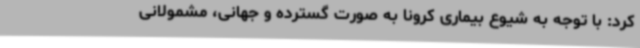
کرد: با توجه به شیوع بیماری کرونا به صورت گسترده و جهانی، مشمولانی